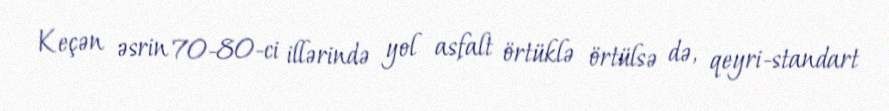
Keçən əsrin 70-80-ci illərində yol asfalt örtüklə örtülsə də, qeyri-standart